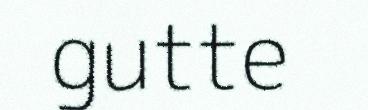
gutte